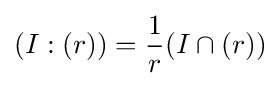
(I:(r))={\frac {1}{r}}(I\cap (r))